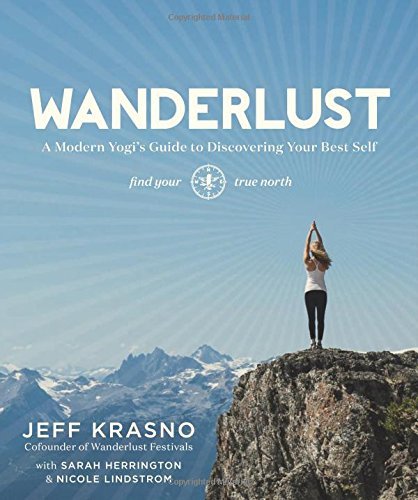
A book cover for Wanderlust: A Modern Yogi's Guide to Discovering Your Best Self; Jeff Krasno; Health, Fitness & Dieting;